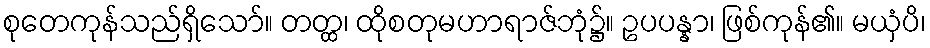
စုတေကုန်သည်ရှိသော်။ တတ္ထ၊ ထိုစတုမဟာရာဇ်ဘုံ၌။ ဥပပန္နာ၊ ဖြစ်ကုန်၏။ မယှံပိ၊